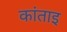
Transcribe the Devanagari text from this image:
कांताइ